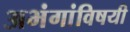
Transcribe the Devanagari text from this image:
अभंगांविषयी